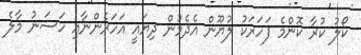
ކޯލު ކުރާ ކޮންމެ ފަހަރަކު ލުޔޫން އެދެމުން ދިޔައީ އަހަރެންނާއި ހަސަނު މާލެ